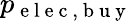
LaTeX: p_{\mathrm{~e~l~e~c~},\mathrm{~b~u~y~}}